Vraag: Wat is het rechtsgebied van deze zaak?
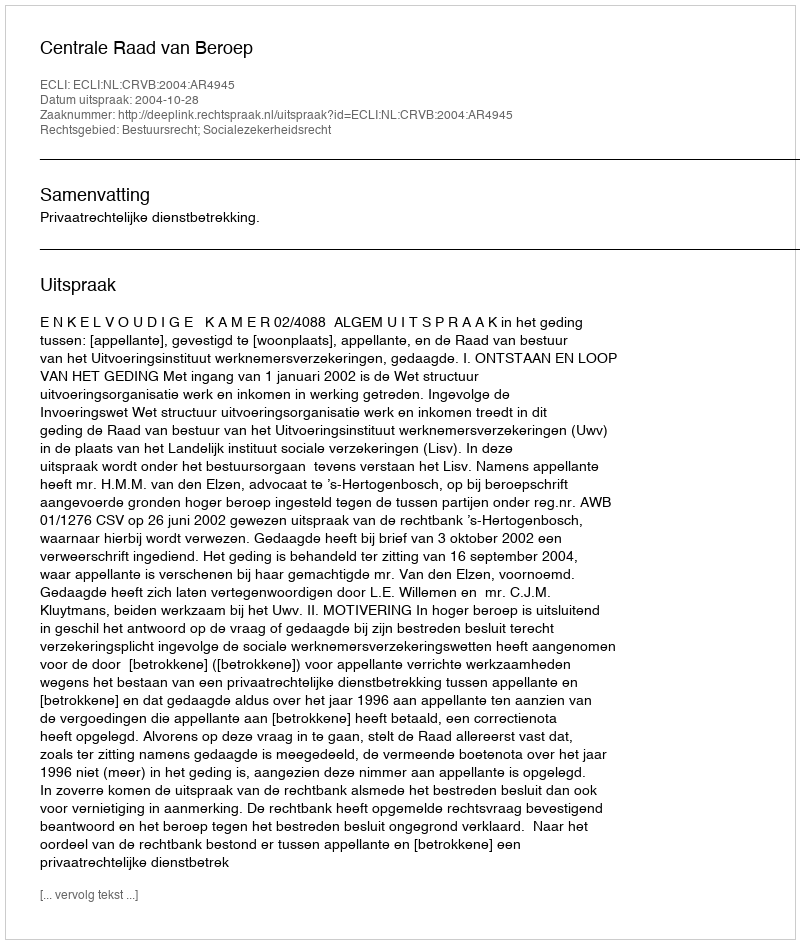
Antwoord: Bestuursrecht; Socialezekerheidsrecht